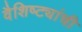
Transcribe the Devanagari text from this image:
वैशिष्ट्यांची